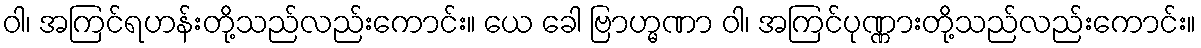
ဝါ၊ အကြင်ရဟန်းတို့သည်လည်းကောင်း။ ယေ ခေါ ဗြာဟ္မဏာ ဝါ၊ အကြင်ပုဏ္ဏားတို့သည်လည်းကောင်း။